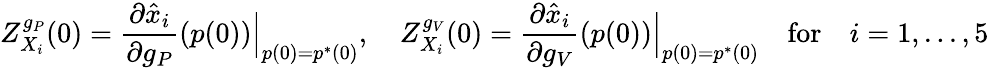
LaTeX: Z_{X_{i}}^{g_{P}}(0)=\frac{\partial\hat{x}_{i}}{\partial g_{P}}(p(0))\Big|_{p(0)=p^{*}(0)},\quad Z_{X_{i}}^{g_{V}}(0)=\frac{\partial\hat{x}_{i}}{\partial g_{V}}(p(0))\Big|_{p(0)=p^{*}(0)}\quad\mathrm{for}\quad i=1,...,5